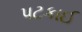
પટકાઈ